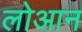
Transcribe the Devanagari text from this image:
लोआन